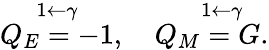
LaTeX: \overset{1\leftarrow\gamma}{Q_{E}=-1},\quad\overset{\quad 1\leftarrow\gamma}{Q_{M}=G}.